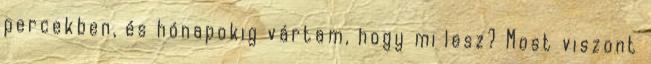
percekben, és hónapokig vártam, hogy mi lesz? Most viszont